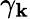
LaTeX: \gamma_{\mathbf{k}}